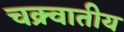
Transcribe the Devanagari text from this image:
चक्र्वातीय